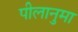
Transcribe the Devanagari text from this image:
पीलानुमा